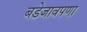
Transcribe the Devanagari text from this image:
बडेजावपणा